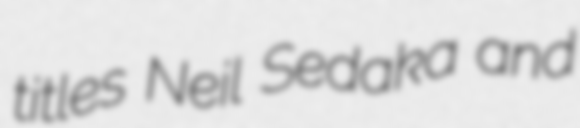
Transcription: titles Neil Sedaka and